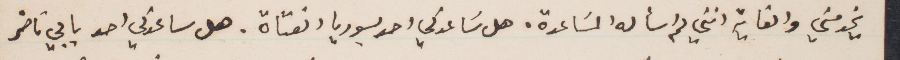
يخدمني والغاية انني لم اسأله المساعدة. هل ساعدني أحد بسوريا الفتاة. هل ساعدني أحد بابي ناضر